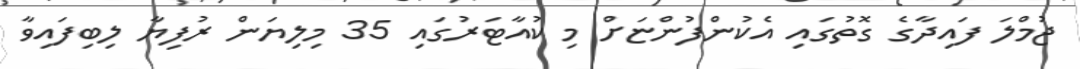
ޖުމްލަ ފައިދާގެ ގޮތުގައި އެކުންފުންޏަށް މި ކުއާޓަރުގައި 35 މިލިޔަން ރުފިޔާ ލިބިފައިވާ